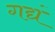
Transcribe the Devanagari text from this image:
गद्यं